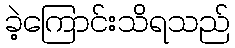
ခဲ့ကြောင်းသိရသည်